Annual administration and progress report of the Indian Medical Department, Bombay
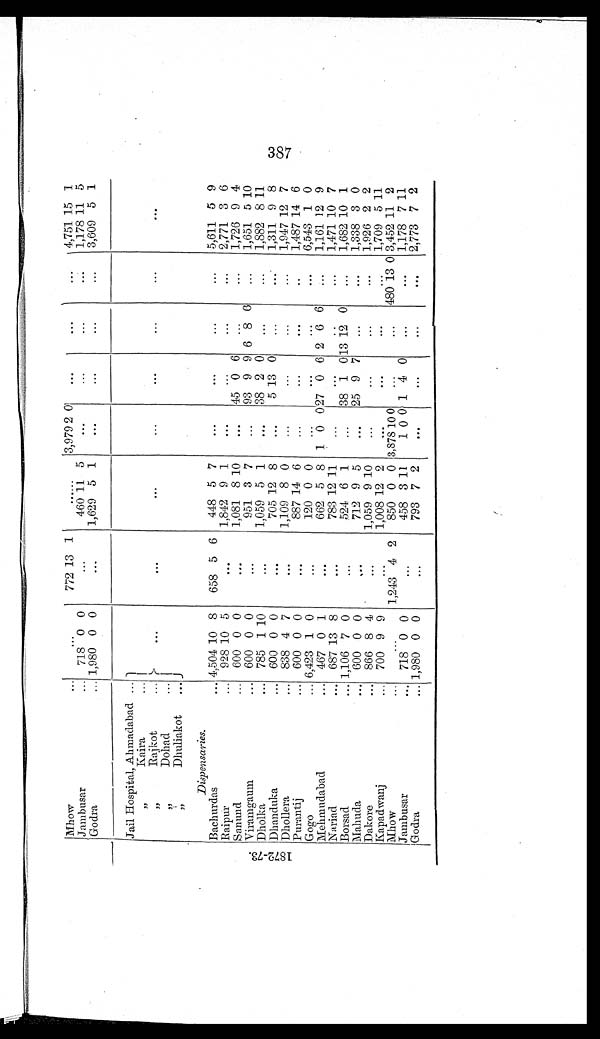
1 8 7 2 - 7 3 .
Mhow . . .
. . .
772 13 1
. . .
3,979 2 0
. . .
. . .
. . . 4,751 15 1
Jambusar . . .
718 0 0
. . .
460 11 5
. . .
. . .
. . .
. . . 1,178 11 5
Godra . . .
1,980 0 0
. . .
1,629 5 1
. . .
. . .
. . .
. . . 3,609 5 1
Jail Hospital, Ahmadabad . . . . . .
. . .
. . .
. . .
. . .
. . .
. . .
. . .
. . .
" Kaira . . .
" Rajkot
. . .
" Dohad
. . .
" Dhuliakot . . .
D i s p e n s a r i e s .
Bachurdas . . .
4,504 10 8
658 5 6
448 5 7
. . .
. . .
. . .
. . . 5,611 5 9
Raipur . . .
928 10 5
. . .
1,842 9 1
. . .
. . .
. . .
. . .
2,771 3 6
Sanund . . .
600 0 0
. . .
1,081 8 10
. . . 45 0 6
. . .
. . .
1,726 9 4
Viramgaum . . .
600 0 0
. . .
951 3 7
. . . 93 9 9 6 8
6
. . .
1,651 5 10
Dholka . . .
785 1 10
. . .
1,059 5 1
. . . 38 2
0
. . .
. . .
1,882 8 1 1
Dhanduka . . .
600 0 0
. . .
705 12 8
. . .
5 13 0
. . .
. . . 1,311 9 8
Dhollera . . .
838 4 7
. . .
1,109 8 0
. . .
. . .
. . .
. . .
1,947 12 7
Purantij . . .
6 0 0 0 0
. . .
887 14 6
. . .
. . .
. . .
. . .
1,487 14 6
Gogo . . .
6,423 1 0
. . .
120 0 0
. . .
. . .
. . .
. . .
6,543 1 0
Mehmudabad . . .
467 0 1
. . .
662 5 8 1
0 0 27 0 6 2
6 6
. . .
1,161 12 9
Nariad . . .
687 13 8
. . .
783 12 11
. . .
. . .
. . .
. . .
1,471 10 7
Borsad . . .
1,106 7 0 . . .
524 6 1
. . .
38 1 0 13 12 0
. . .
1,682 10 1
Mahuda . . .
6 0 0 0 0
. . .
712 9 5
. . .
25 9 7
. . .
. . .
1,338 3 0
D a k o r e . . .
866 8 4 . . .
1,059 9 10
. . .
. . .
. . .
. . .
1,926 2 2
Kapadwanj . . .
700 9 9
. . .
1,008 12 2
. . .
. . .
. . .
. . .
1709
5 11
Mhow . . .
. . .
1,243 4 2
850 0 0 3,878 10 0
. . .
. . .
480 13 0 3,452 11 2
Jambusar . . .
718 0
0
. . .
458 3 11
1 0 0 1 4 0
. . .
. . .
1,178 7 11
Godra . . .
1,980 0 0
. . .
793 7 2
. . .
. . .
. . .
. . .
2,773 7 2